Code of medical and sanitary regulations for the guidance of medical officers serving in the Madras Presidency - Volume I
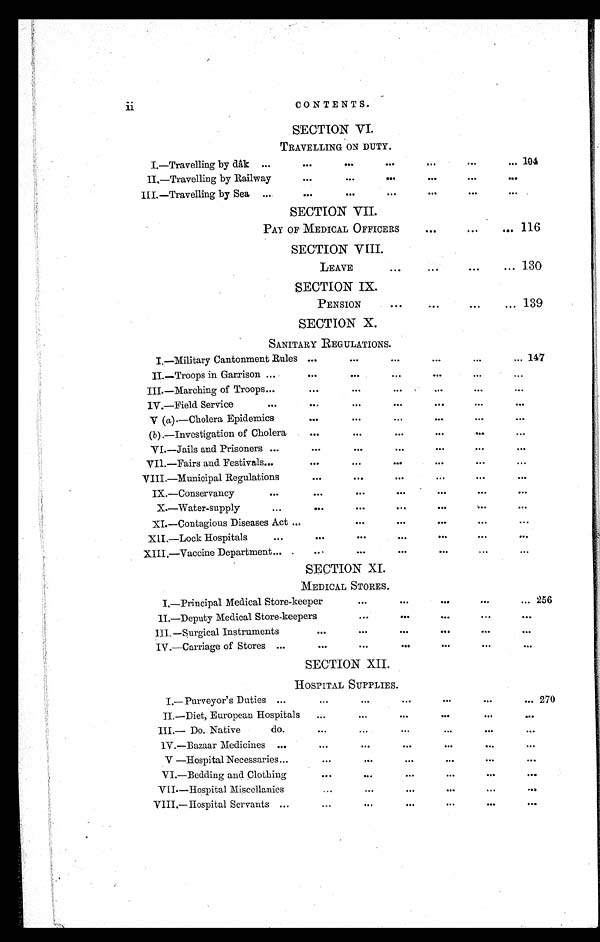
CONTENTS.
ii
SECTION VI.
TRAVELLING ON DUTY.
I.—Travelling by dâk ...
. . .
...
. . .
. . .
. . .
. . . 104
II.—Travelling by Railway
. . .
...
. . .
. . .
. . .
. . .
III.—Travelling by Sea ...
. . . ...
. . .
. . .
...
...
SECTION VII.
PAY OF MEDICAL OFFICERS
. . .
. . .
. . . 116
SECTION VIII.
LEAVE
...
...
. . .
... 130
SECTION IX.
PENSION
. . .
. . .
. . .
. . . 139
SECTION X.
SANITARY REGULATIONS.
I.—Military Cantonment Rules ...
...
. . .
. . .
. . .
. . . 147
II.—Troops in Garrison ...
...
. . .
...
. . .
...
. . .
III.—Marching of Troops . . .
...
. . .
...
. . .
...
. . .
IV.—Field Service
...
. . .
...
...
. . .
...
. . .
V ( a).—Cholera Epidemics
. . .
. . .
...
...
. . .
...
(b ).—Investigation of Cholera
. . .
...
. . .
...
. . .
. . .
VI.—Jails and Prisoners ...
. . .
. . .
. . .
. . .
. . .
. . .
VII.—Fairs and Festivals
. . .
. . .
...
. . .
. . .
...
. . .
VIII.—Municipal Regulations
...
...
. . .
. . .
. . .
. . .
IX.—Conservancy
...
. . .
...
...
...
. . .
...
X.—Water-supply
...
. . .
. . .
. . .
. . .
. . .
. . .
XI.—Contagious Diseases Act ... ...
. . .
. . .
. . .
. . .
. . .
XII.—Lock Hospitals ...
. . .
. . .
...
...
...
. . .
XIII.—Vaccine Department ...
...
...
...
. . .
...
. . .
SECTION XI.
MEDICAL STORES.
I.—Principal Medical Store-keeper
...
. . .
...
...
... 256
II.—Deputy Medical Store-keepers
...
. . .
. . .
...
. . .
III.—Surgical Instruments
. . .
...
. . .
. . .
. . .
. . .
IV.—Carriage of Stores ...
...
. . .
. . .
. . .
...
...
SECTION XII.
HOSPITAL SUPPLIES.
I.—Purveyor's Duties ...
. . .
. . .
. . .
. . .
. . .
. . . 270
II.—Diet, European Hospitals
...
. . .
. . .
. . .
. . .
. . .
III.— Do. Native do.
. . .
. . .
...
. . .
. . .
. . .
IV.—Bazaar Medicines ...
. . .
. . .
. . .
. . .
. . .
. . .
V.—Hospital Necessaries . . .
. . .
. . .
. . .
. . .
. . .
. . .
VI.—Bedding and Clothing
. . .
. . .
. . .
. . .
. . .
. . .
VII.—Hospital Miscellanies
. . .
. . .
. . .
. . .
. . .
. . .
VIII.—Hospital Servants
. . .
. . .
. . .
. . .
. . .
. . .
. . .